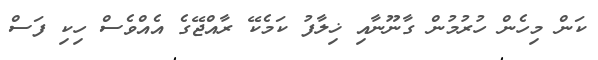
ކަން މިހެން ހުރުމުން ގާނޫނާއި ޚިލާފު ކަމެކޭ ރާއްޖޭގެ އެއްވެސް ހިކި ފަސް